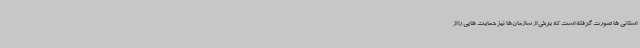
استانی ها صورت گرفته است که برخی از سازمان‌ها نیز حمایت هایی را از